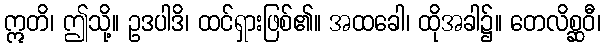
ဣတိ၊ ဤသို့။ ဥဒပါဒိ၊ ထင်ရှားဖြစ်၏။ အထခေါ၊ ထိုအခါ၌။ တေလိစ္ဆဝီ၊